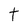
Character: t